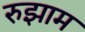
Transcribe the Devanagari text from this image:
रुझाम